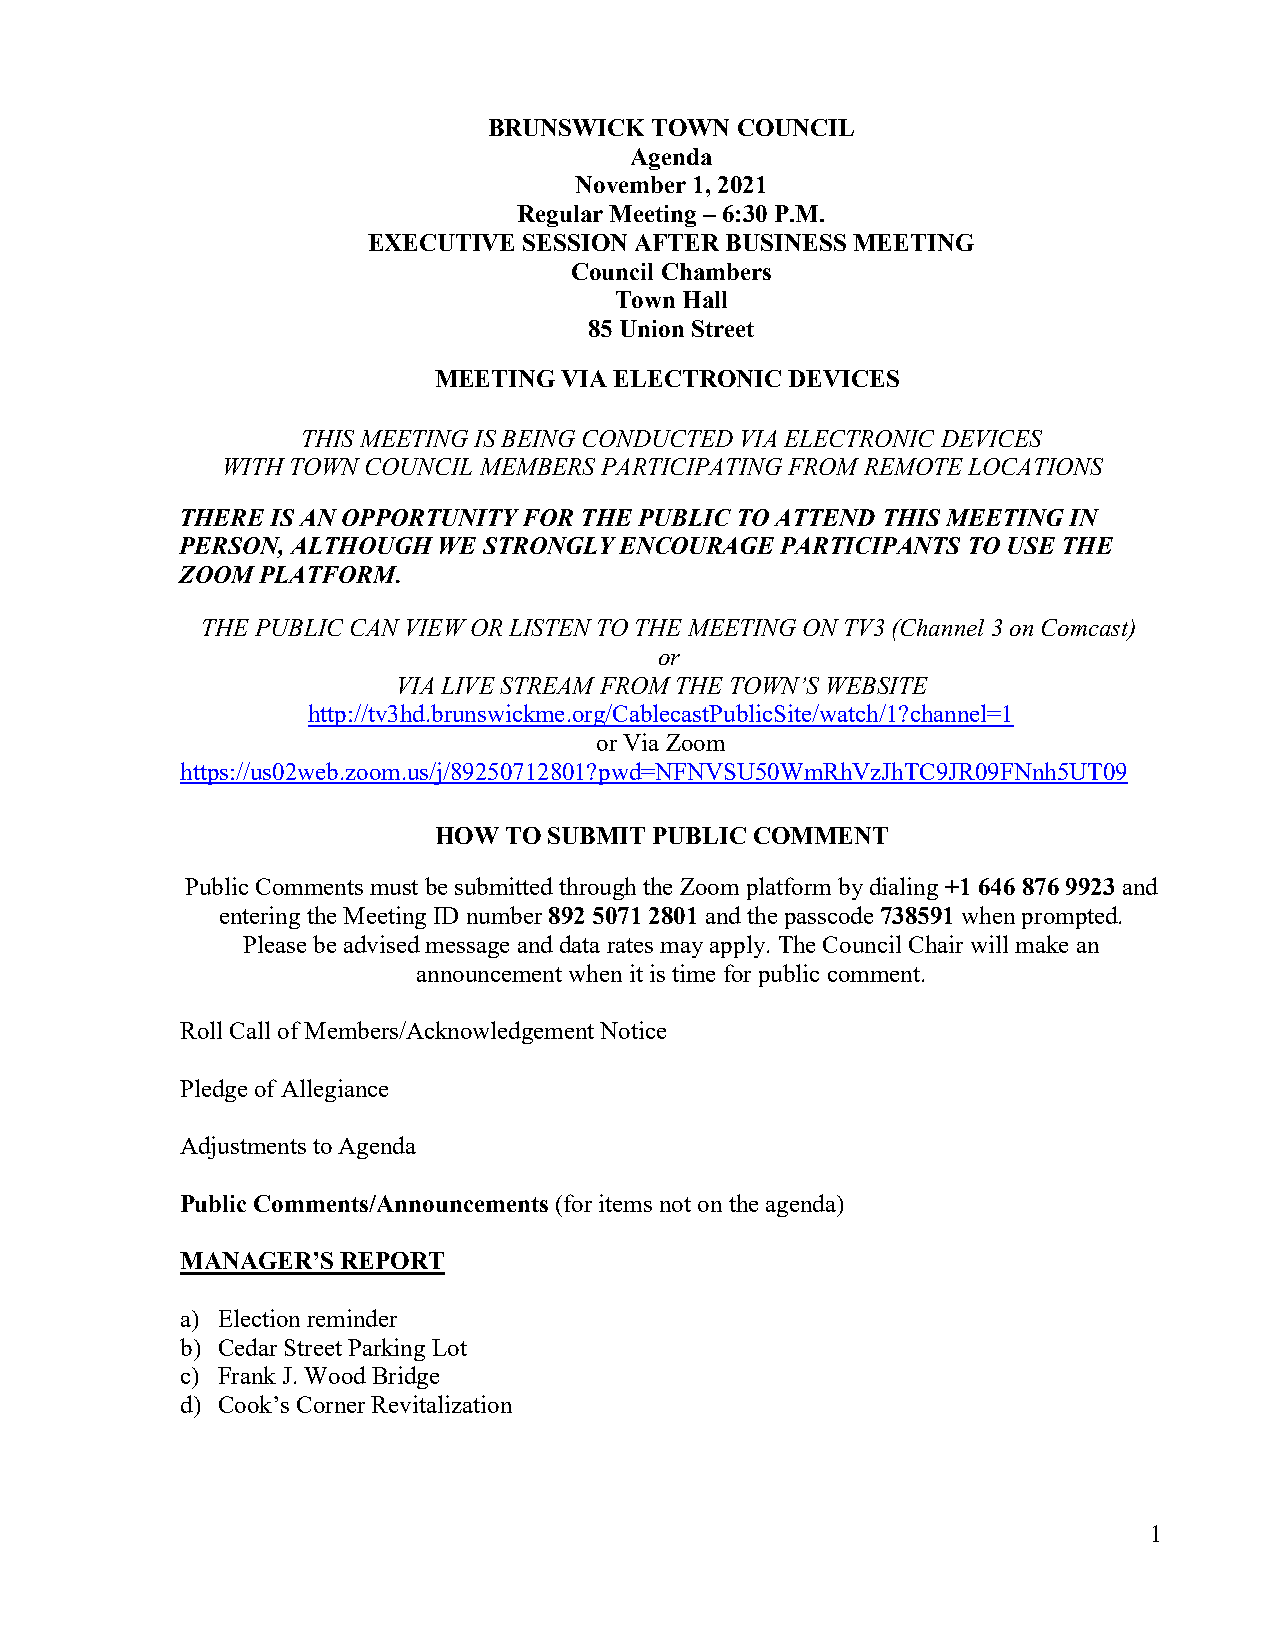
BRUNSWICK  TOWN  COUNCIL
 Agenda
 November 1, 2021
 Regular Meeting – 6:30 P.M.
 EXECUTIVE  SESSION AFTER BUSINESS MEETING
 Council Chambers
 Town Hall
 85 Union Street
 MEETING VIA ELECTRONIC DEVICES
 THIS MEETING IS BEING CONDUCTED VIA ELECTRONIC DEVICES
 WITH TOWN COUNCIL MEMBERS PARTICIPATING FROM REMOTE LOCATIONS
 THERE IS AN OPPORTUNITY FOR THE PUBLIC TO ATTEND THIS MEETING IN
 PERSON, ALTHOUGH WE STRONGLY ENCOURAGE  PARTICIPANTS TO USE THE
 ZOOM PLATFORM.
 THE PUBLIC CAN VIEW OR LISTEN TO THE MEETING ON TV3 (Channel 3 on Comcast)
 or
 VIA LIVE STREAM FROM THE TOWN’S WEBSITE
 http://tv3hd.brunswickme.org/CablecastPublicSite/watch/1?channel=1
 or Via Zoom
 https://us02web.zoom.us/j/89250712801?pwd=NFNVSU50WmRhVzJhTC9JR09FNnh5UT09
 HOW TO SUBMIT PUBLIC COMMENT
 Public Comments must be submitted through the Zoom platform by dialing +1 646 876 9923 and
 entering the Meeting ID number 892 5071 2801 and the passcode 738591 when prompted.
 Please be advised message and data rates may apply. The Council Chair will make an
 announcement when it is time for public comment.
 Roll Call of Members/Acknowledgement Notice
 Pledge of Allegiance
 Adjustments to Agenda
 Public Comments/Announcements (for items not on the agenda)
 MANAGER’S  REPORT
 a) Election reminder
 b) Cedar Street Parking Lot
 c) Frank J. Wood Bridge
 d) Cook’s Corner Revitalization
 1